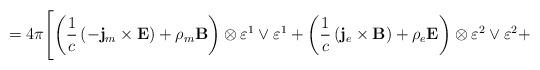
LaTeX: \begin{align*}=4\pi\Biggl[\left(\frac1c\left(-{\bf j}_m\times{\bf E}\right)+\rho_m{\bf B}\right)\otimes\varepsilon^1\vee\varepsilon^1+\left(\frac1c\left({\bf j}_e\times{\bf B}\right)+\rho_e{\bf E}\right)\otimes\varepsilon^2\vee\varepsilon^2+\end{align*}